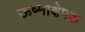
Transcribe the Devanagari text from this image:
ऊष्माक्षेपक